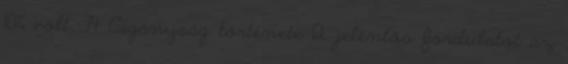
10% volt. 74 Cigányság története 12. jelentős fordulatot az